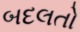
બદલતો